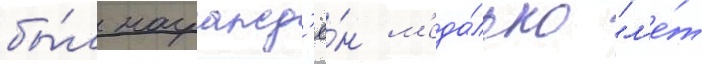
бы́л награжд'ё́н м'еда́лью "л'е́т